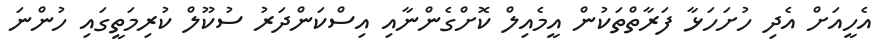
އެހީއަށް އެދި ހުށަހަޅާ ފަރާތްތަކުން އީމެއިލް ކޮށްގެންނާއި އިސްކަންދަރު ސުކޫލް ކުރިމަތީގައި ހުންނަ